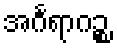
အင်္ဂရာဂဉ္စ